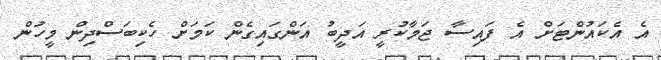
އެ އެކައުންޓަށް އެ ފައިސާ ޖަމާކުރީ އަދީބު އަންގައިގެން ކަމަށް ހެކިބަސްދިން މީހުން